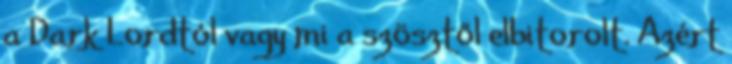
a Dark Lordtól vagy mi a szösztől elbitorolt. Azért